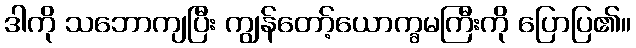
ဒါကို သဘောကျပြီး ကျွန်တော့်ယောက္ခမကြီးကို ပြောပြ၏။